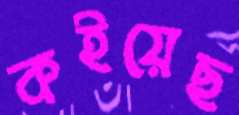
কইয়েছ